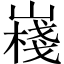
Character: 嶘